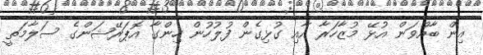
އިން ބާއްވަން އުޅޭ މުޒާހަރާ އާއި ގުޅިގެން ފުލުހުން ހިންގާ އޮޕަރޭޝަންގެ ސަލާމަތީ